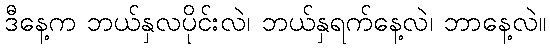
ဒီနေ့က ဘယ်နှလပိုင်းလဲ၊ ဘယ်နှရက်နေ့လဲ၊ ဘာနေ့လဲ။